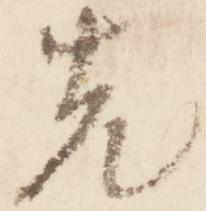
先